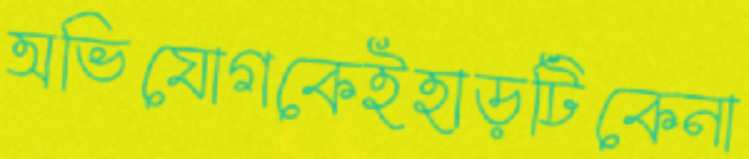
অভিযোগকেইহাড়টিকেনা